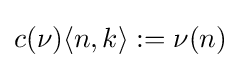
c(\nu )\langle n,k\rangle :=\nu (n)